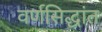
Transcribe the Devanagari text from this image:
वर्णसिद्धांत